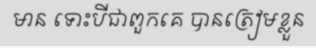
មាន ទោះបីជាពួកគេ បានត្រៀមខ្លួន